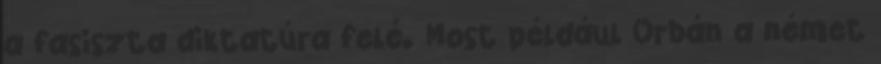
a fasiszta diktatúra felé. Most például Orbán a német